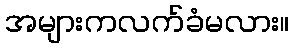
အများကလက်ခံမလား။